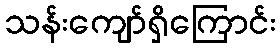
သန်းကျော်ရှိကြောင်း